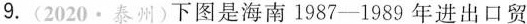
9.(2020·泰州)下图是海南1987-1989年进出口贸